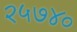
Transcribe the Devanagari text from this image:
२५७४०